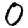
Digit: 0